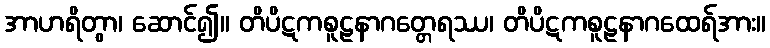
အာဟရိတွာ၊ ဆောင်၍။ တိပိဋကစူဠနာဂတ္တေရဿ၊ တိပိဋကစူဠနာဂထေရ်အား။